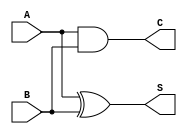
module approximate_half_adder(A, B, S, C);
input A, B;
output S, C;

assign S = A ^ B;
assign C = A & B;

endmodule